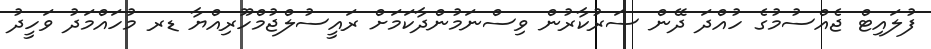
ފުލައިޓް ޖެއްސުމުގެ ހުއްދަ ދޭން ސަރުކާރުން ވިސްނަމުންދާކަމަށް ރައީސުލްޖުމްހޫރިއްޔާ ޑރ މުހައްމަދު ވަހީދު